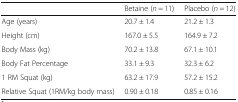
<table><thead><tr><td></td><td><b>Betaine (<i>n</i> = 11)</b></td><td><b>Placebo (<i>n</i> = 12)</b></td></tr></thead><tbody><tr><td>Age (years)</td><td>20.7 ± 1.4</td><td>21.2 ± 1.3</td></tr><tr><td>Height (cm)</td><td>167.0 ± 5.5</td><td>164.9 ± 7.2</td></tr><tr><td>Body Mass (kg)</td><td>70.2 ± 13.8</td><td>67.1 ± 10.1</td></tr><tr><td>Body Fat Percentage</td><td>33.1 ± 9.3</td><td>32.3 ± 6.2</td></tr><tr><td>1 RM Squat (kg)</td><td>63.2 ± 17.9</td><td>57.2 ± 15.2</td></tr><tr><td>Relative Squat (1RM/kg body mass)</td><td>0.90 ± 0.18</td><td>0.85 ± 0.16</td></tr></tbody></table>